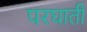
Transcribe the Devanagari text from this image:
परघाती